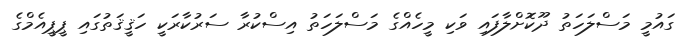
ގައުމީ މަސްލަހަތު ދޫކޮށްލާފައި ވަކި މީހެއްގެ މަސްލަހަތު އިސްކުރާ ސަރުކާރަކީ ހަޤީޤަތުގައި ޕީޕީއެމްގެ